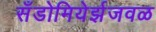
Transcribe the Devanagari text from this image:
सँडोमियेर्झजवळ